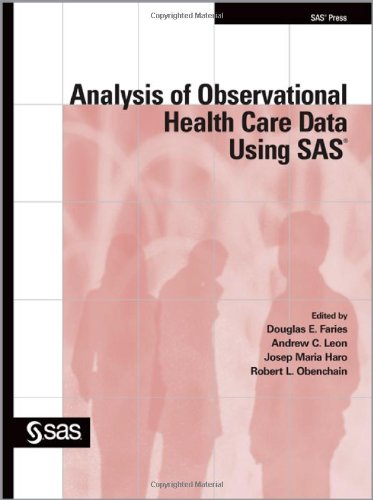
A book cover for Analysis of Observational Health Care Data Using SAS; Douglas Faries; Medical Books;